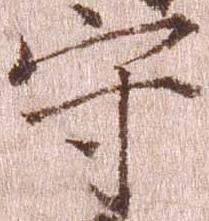
守